Code of medical and sanitary regulations for the guidance of medical officers serving in the Madras Presidency - Volume I
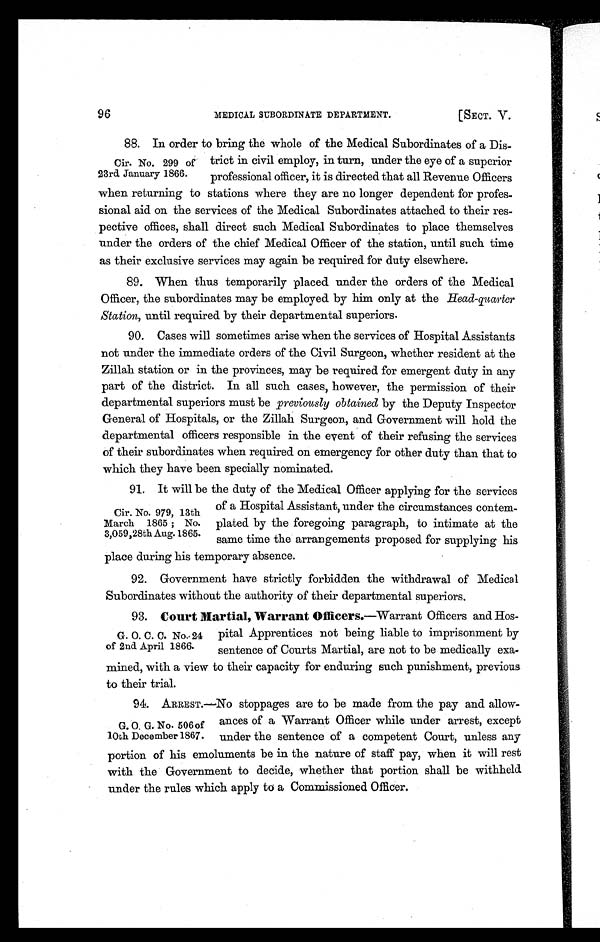
MEDICAL SUBORDINATE DEPARTMENT.
[SECT. V.
96
88. In order to bring the whole of the Medical Subordinates of a Dis-
Cir. No. 299 of trict in civil employ, in turn, under the eye of a superior
23rd January 1866. professional officer, it is directed that all Revenue Officers
when returning to stations where they are no longer dependent for profes-
sional aid on the services of the Medical Subordinates attached to their res-
pective offices, shall direct such Medical Subordinates to place themselves
under the orders of the chief Medical Officer of the station, until such time
as their exclusive services may again be required for duty elsewhere.
89. When thus temporarily placed under the orders of the Medical
Officer, the subordinates may be employed by him only at the Head-quarter
Station, until required by their departmental superiors.
90. Cases will sometimes arise when the services of Hospital Assistants
not under the immediate orders of the Civil Surgeon, whether resident at the
Zillah station or in the provinces, may be required for emergent duty in any
part of the district. In all such cases, however, the permission of their
departmental superiors must be previously obtained by the Deputy Inspector
General of Hospitals, or the Zillah Surgeon, and Government will hold the
departmental officers responsible in the event of their refusing the services
of their subordinates when required on emergency for other duty than that to
which they have been specially nominated.
91. It will be the duty of the Medical Officer applying for the services
Cir. No. 979 13th
March 1865 ; No.
3,059,28th Aug. 1865.
of a Hospital Assistant, under the circumstances contem
plated by the foregoing paragraph, to intimate at the
same time the arrangements proposed for supplying his
place during his temporary absence.
92. Government have strictly forbidden the withdrawal of Medical
Subordinates without the authority of their departmental superiors.
93. Court Martial, Warrant Officers.—Warrant Officers and Hos-
G. O. C. C. No. 24 pital Apprentices not being liable to imprisonment by
of 2nd April 1866. sentence of Courts Martial, are not to be medically exa-
mined, with a view to their capacity for enduring such punishment, previous
to their trial.
94.
ARREST.—No stoppages are to be made from the pay and allow-
G. O. G. No. 506 of antes of a Warrant Officer while under arrest, except
10th December 1867. under the sentence of a competent Court, unless any
portion of his emoluments be in the nature of staff pay, when it will rest
with the Government to decide, whether that portion shall be withheld
under the rules which apply to a Commissioned Officer.